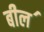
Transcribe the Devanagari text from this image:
बील॔